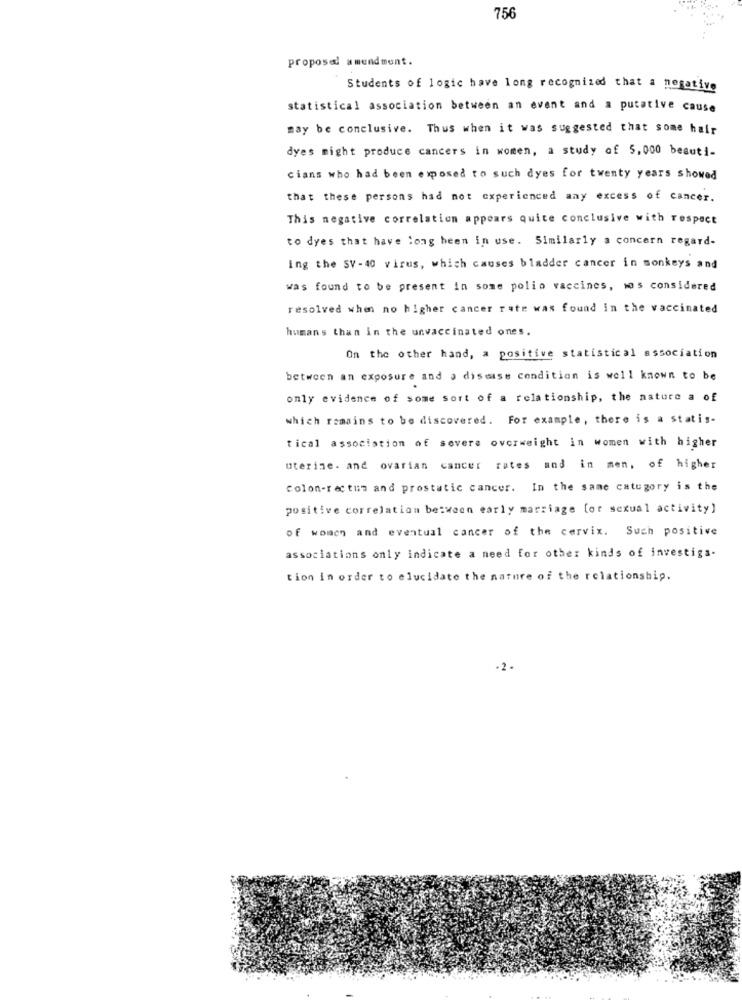
756
proposal amendment.
Students of logic have long recognized that a negative
statistical association between an event and a putative cause
may be conclusive. Thus when it was suggested that some hair
dyes might produce cancers in women, a study of 5,000 beauti-
cians who had been exposed to such dyes for twenty years showed
that these persons had not experienced any excess of cancer.
This negative correlation appears quite conclusive with respect
to dyes that have long been in use. Similarly a concern regard-
ing the SV-40 virus, which causes bladder cancer in monkeys and
was found to be present in some polio vaccines, was considered
resolved when no higher cancer rate was found in the vaccinated
humans than in the unvaccinated ones.
On the other hand, a positive statistical association
between an exposure and a disease condition is well known to be
only evidence of some sort of a relationship, the nature a of
which romains to be discovered. For example, there is a statis-
tical association of severe overweight in women with higher
uterine. and ovarian cancer rates and in men, of higher
Colon-rectum and prostatic cancer. In the same category is the
positive correlation between early marriage [or sexual activity)
of women and eventual cancer of the cervix. Such positive
associations only indicate a need for other kinds of investiga-
tion in order to elucidate the nature of the relationship.
-2.